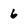
Character: 6